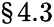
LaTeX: \S 4.3